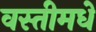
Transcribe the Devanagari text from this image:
वस्तीमधे